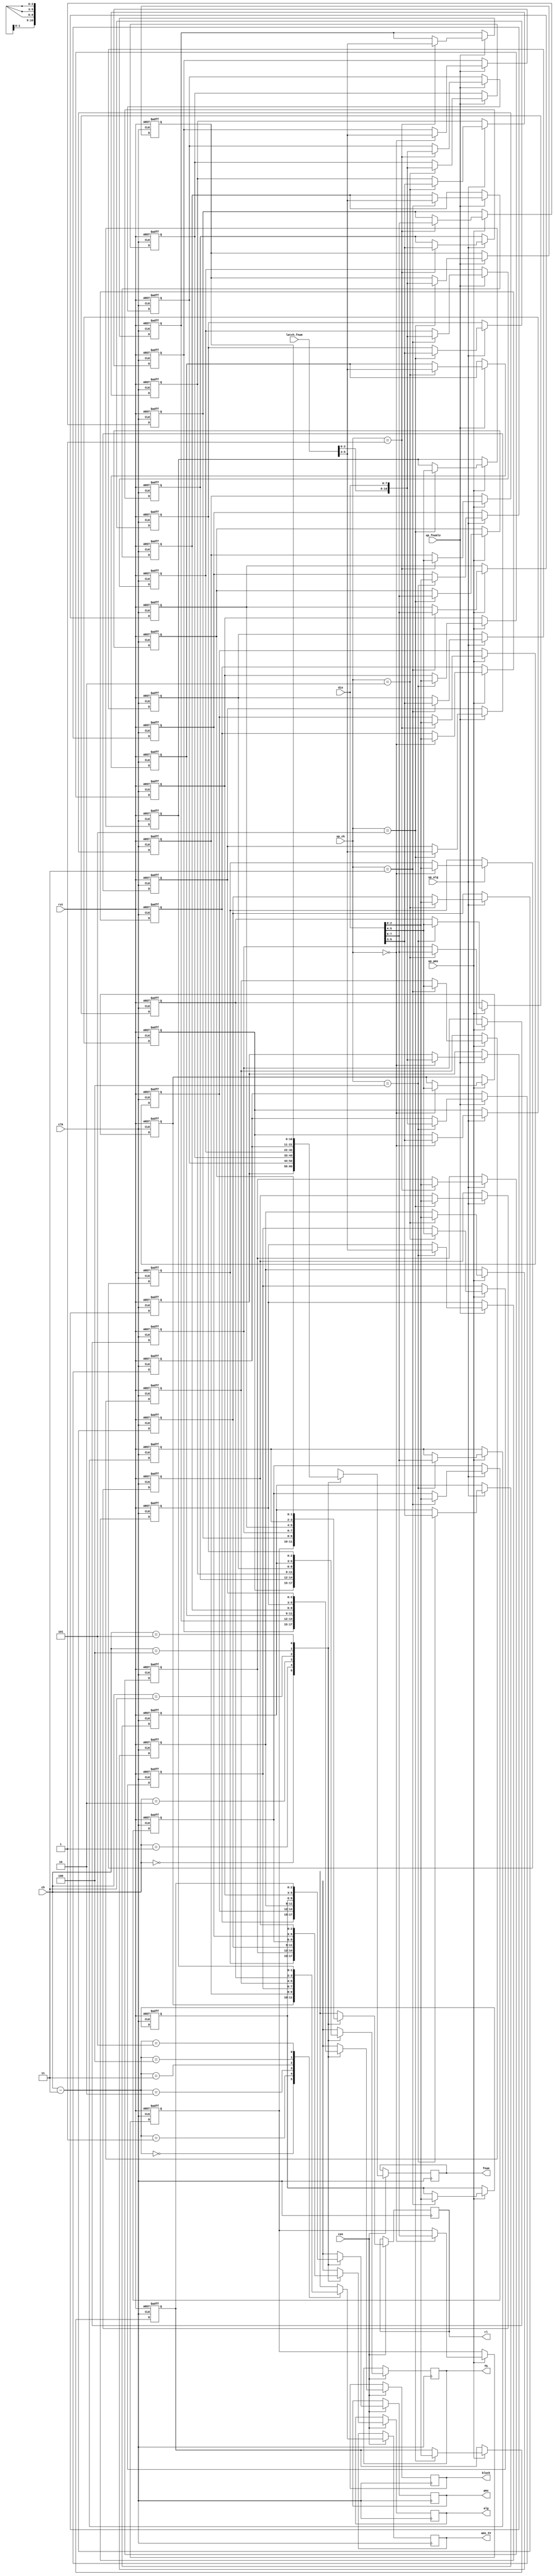
// This program was cloned from: https://github.com/jotego/jt12
// License: GNU General Public License v3.0

/*  This file is part of JT12.

    JT12 is free software: you can redistribute it and/or modify
    it under the terms of the GNU General Public License as published by
    the Free Software Foundation, either version 3 of the License, or
    (at your option) any later version.

    JT12 is distributed in the hope that it will be useful,
    but WITHOUT ANY WARRANTY; without even the implied warranty of
    MERCHANTABILITY or FITNESS FOR A PARTICULAR PURPOSE.  See the
    GNU General Public License for more details.

    You should have received a copy of the GNU General Public License
    along with JT12.  If not, see <http://www.gnu.org/licenses/>.
    
    Author: Jose Tejada Gomez. Twitter: @topapate
    Version: 1.0
    Date: 23-10-2019
    */

// Channel data is not stored in a CSR as operators
// Proof of that is the Splatter House arcade writes
// channel and operator data in two consequitive accesses
// without enough time in between to have the eight
// channels go through the CSR. So the channel data
// cannot be CSR, but regular registers.
module jt12_reg_ch(
    input         rst,
    input         clk,
    input         cen,
    input  [ 7:0] din,

    input  [ 2:0] up_ch,
    input  [ 5:0] latch_fnum,
    input         up_fnumlo,
    input         up_alg,
    input         up_pms,

    input      [ 2:0] ch, // next active channel
    output reg [ 2:0] block,
    output reg [10:0] fnum,
    output reg [ 2:0] fb,
    output reg [ 2:0] alg,
    output reg [ 1:0] rl,
    output reg [ 1:0] ams_IV,
    output reg [ 2:0] pms
);

parameter NUM_CH=6;
localparam M=NUM_CH==3?2:3;

reg [ 2:0] reg_block[0:NUM_CH-1];
reg [10:0] reg_fnum [0:NUM_CH-1];
reg [ 2:0] reg_fb   [0:NUM_CH-1];
reg [ 2:0] reg_alg  [0:NUM_CH-1];
reg [ 1:0] reg_rl   [0:NUM_CH-1];
reg [ 1:0] reg_ams  [0:NUM_CH-1];
reg [ 2:0] reg_pms  [0:NUM_CH-1];
reg [ 2:0] ch_IV;

integer i;

always @* begin
    ch_IV = ch;
    if( NUM_CH==6 ) ch_IV = ch-3'd3;
end

always @(posedge clk) if(cen) begin
    block <= reg_block[ch[M-1:0]];
    fnum  <= reg_fnum [ch[M-1:0]];
    fb    <= reg_fb   [ch[M-1:0]];
    alg   <= reg_alg  [ch[M-1:0]];
    rl    <= reg_rl   [ch[M-1:0]];
    ams_IV<= reg_ams  [ch_IV[M-1:0]];
    pms   <= reg_pms  [ch[M-1:0]];
    if( NUM_CH==3 ) rl <= 3; // YM2203 has no stereo output
end

always @(posedge clk, posedge rst) begin
    if( rst ) for(i=0;i<NUM_CH;i=i+1) begin
        reg_block[i] <= 0;
        reg_fnum [i] <= 0;
        reg_fb   [i] <= 0;
        reg_alg  [i] <= 0;
        reg_rl   [i] <= 3;
        reg_ams  [i] <= 0;
        reg_pms  [i] <= 0;
    end else begin
        i = 0; // prevents latch warning in Quartus
        if( up_fnumlo  ) { reg_block[up_ch[M-1:0]], reg_fnum[up_ch[M-1:0]] } <= {latch_fnum,din};
        if( up_alg ) begin
            reg_fb [up_ch[M-1:0]] <= din[5:3];
            reg_alg[up_ch[M-1:0]] <= din[2:0];
        end
        if( up_pms ) begin
            reg_rl [up_ch[M-1:0]] <= din[7:6];
            reg_ams[up_ch[M-1:0]] <= din[5:4];
            reg_pms[up_ch[M-1:0]] <= din[2:0];
        end
    end
end

endmodule